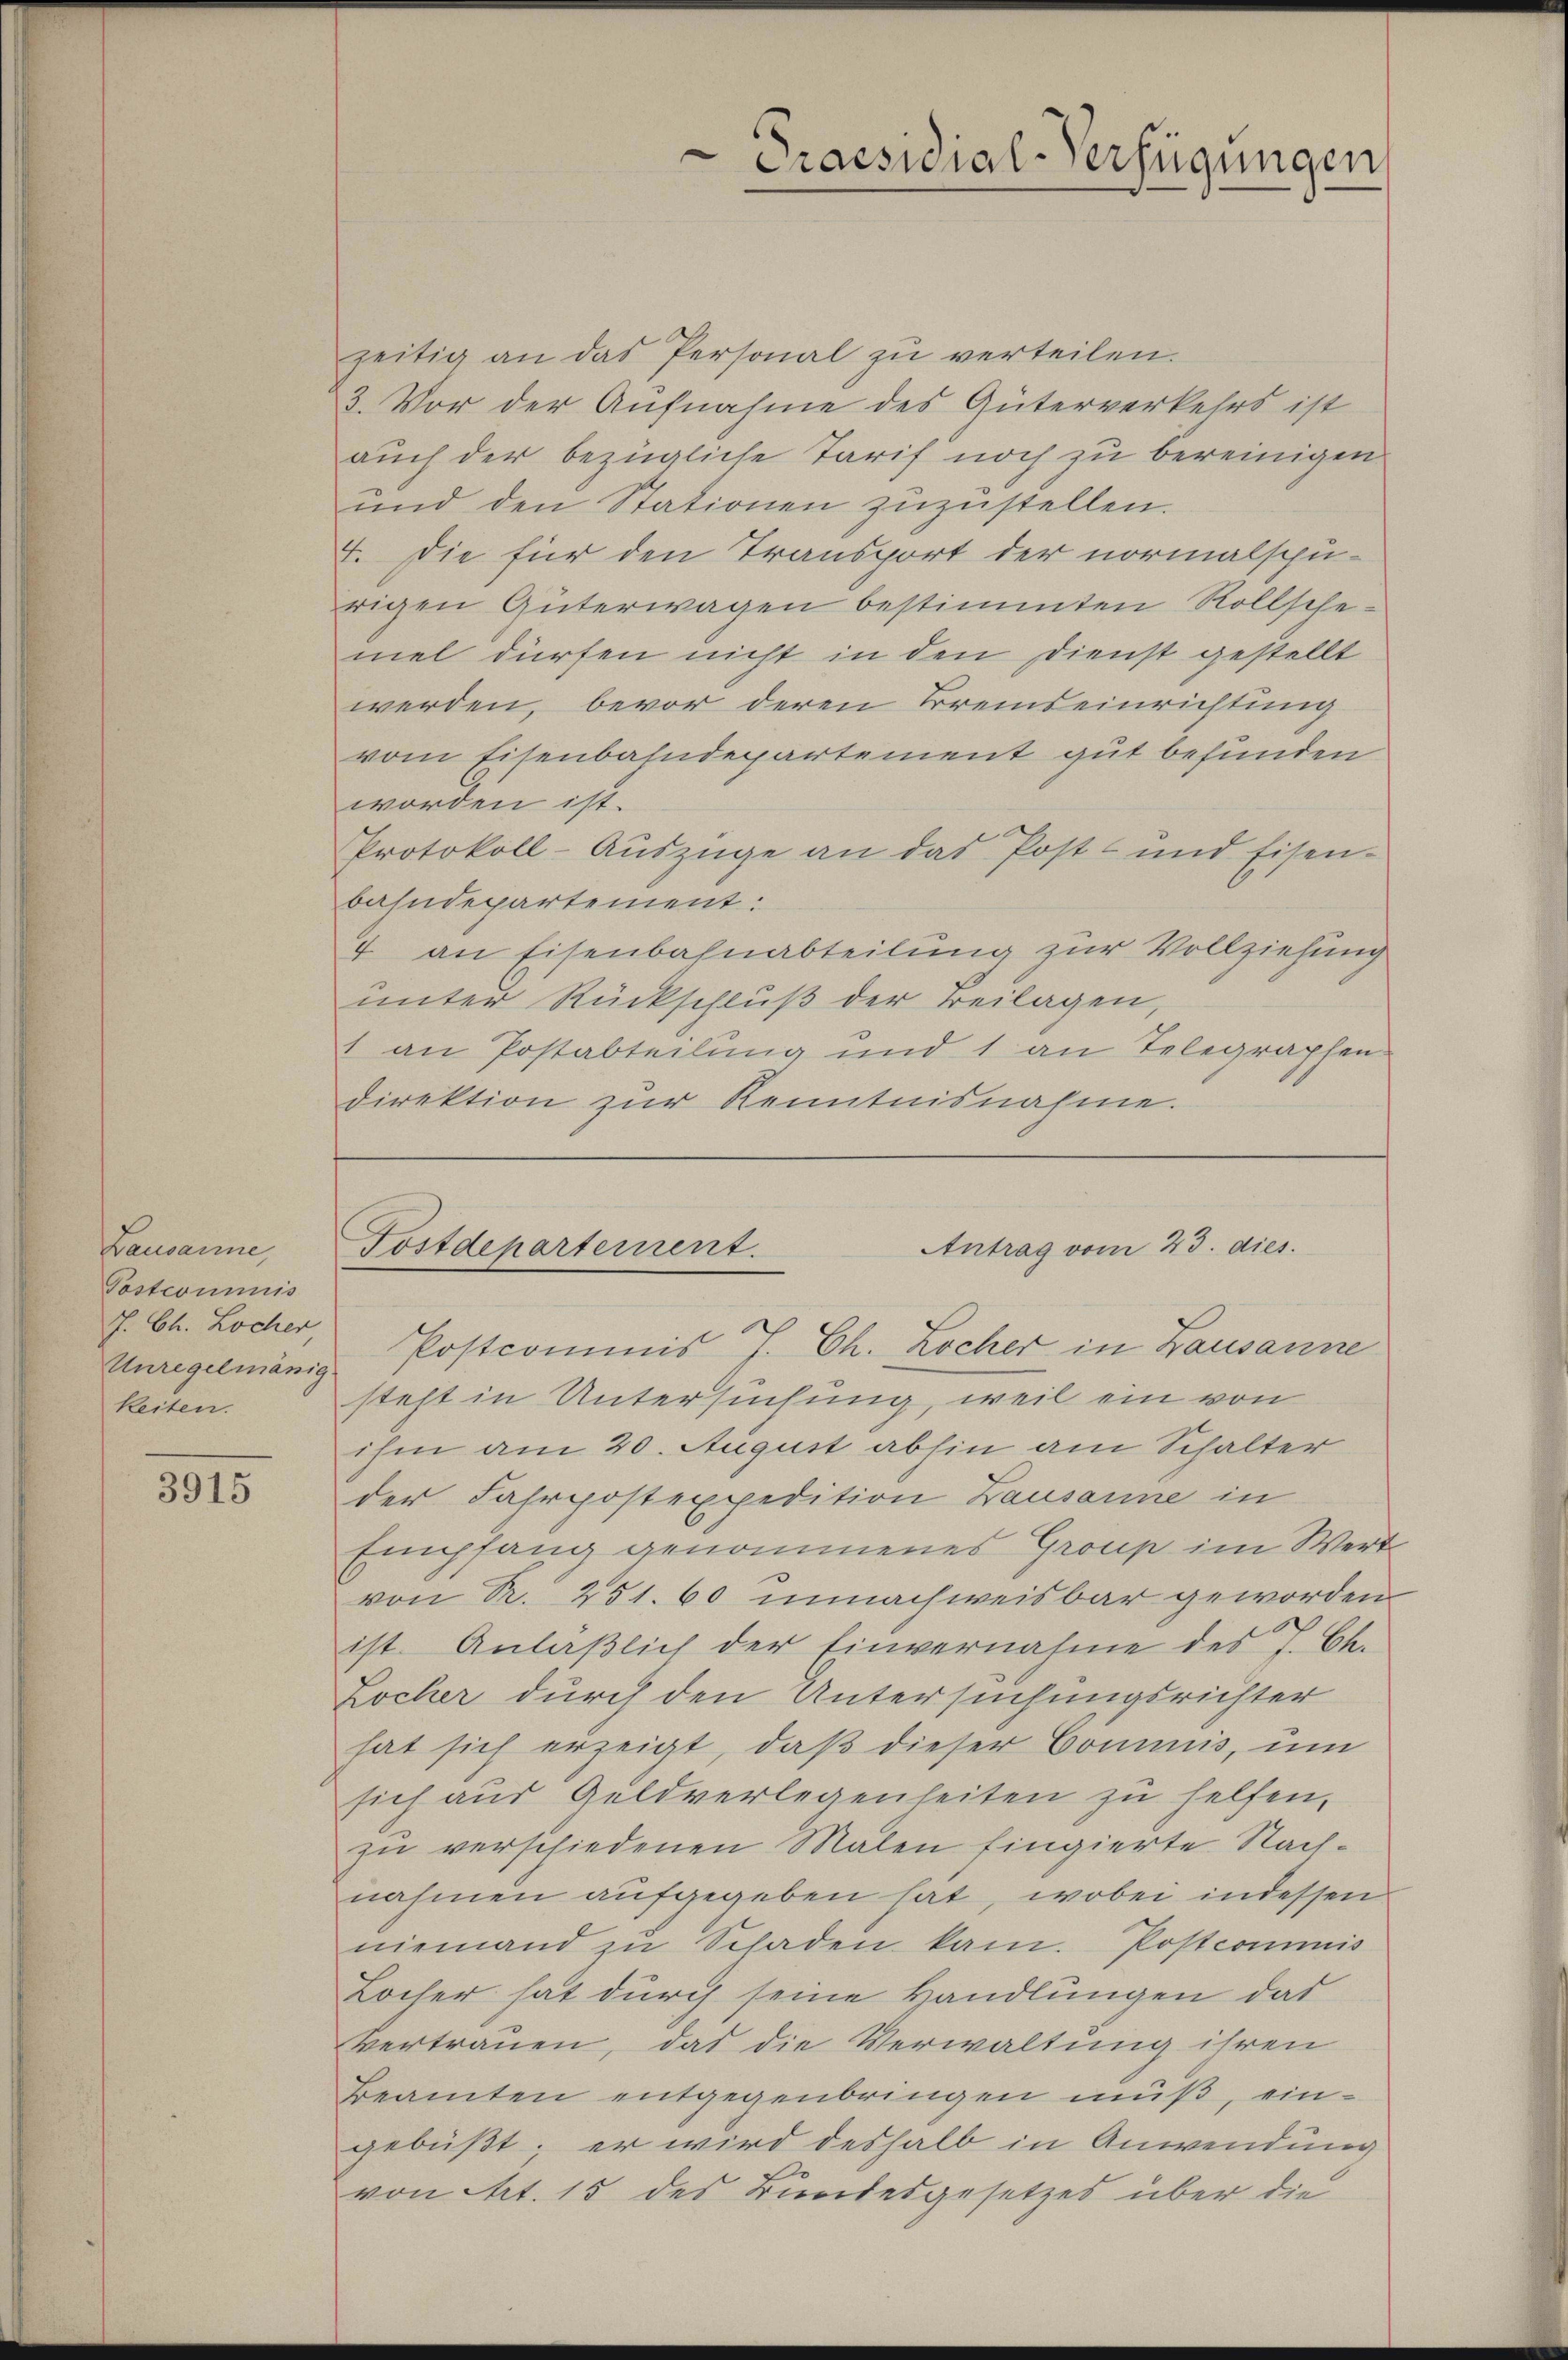
Lausanne
Postcommis
7. Ch. Locher
Unregelmässig
keiten.

3915

zeitig an das Personal zŭ verteilen.
3. Vor der Aufnahme des Güterverkehrs ist
auch der bezügliche Tarif noch zu bereinigen
und den Stationen zuzustellen.
I. Die für den Transport der normalspurigen Güterwagen bestimmten Rollschemel dürfen nicht in den Dienst gestellt
werden, bevor deren Breiseinrichtung
vom Eisenbahndepartement gut befunden
worden ist.
Protokoll-Auszüge an das Post- und Eisen-
bahndepartement:
4 an Eisenbahnabteilung zur Vollziehung
unter Rückschluß der Beilagen,
1 an Postabteilung und 1 an Telegraphen
direktion zur Kenntnisnahme.

steht in Untersuchung, weil ein von
ihm am 20. August abhin am Schalter
der Fahrpostexpedition Lausanne in
Empfang genommenes Group im Wert
von R. 251. 60 unnachweisbar geworden
ist. Anläßlich der Einvernahme des J. Ch.
Locher durch den Untersuchungsrichter
hat sich erzeigt, daß dieser Commis, um
sich aus Geldverlegenheiten zu helfen,
zu verschiedenen Malen fingierte Nachnahmen aufgegeben hat, wobei indessen
niemand zu Schaden kam. Postcommis
Locher hat durch seine Handlungen das
vertrauen, das die Verwaltung ihren
Beamten entgegenbringen muß, eingebüßt; er wird deshalb in Anwendung
von Art. 15 des Bundesgesetzes über die

Praesidial-Verfügungen

Antrag vom 23. dies.
Tostdepartement.
Postcommis J. Ch. Locher in Lausanne